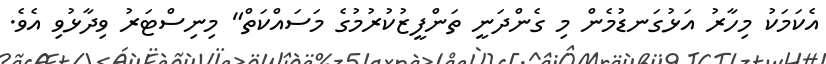
އެކަމަކު މިހާރު އަޅުގަނޑުމެން މި ގެންދަނީ ތަންފީޒުކުރުމުގެ މަސައްކަތް" މިނިސްޓަރު ވިދާޅުވި އެވެ.